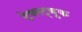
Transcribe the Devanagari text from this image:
टेक्स्ट्बुक